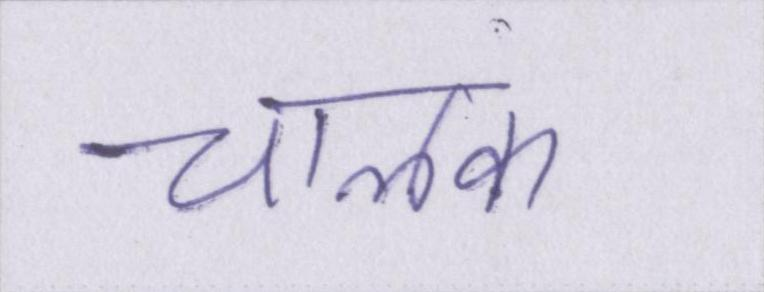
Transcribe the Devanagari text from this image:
चालक